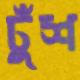
ঢুঁশ